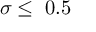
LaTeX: \sigma \leq \; 0 . 5